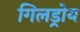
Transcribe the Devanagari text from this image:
गिलड्रोय